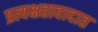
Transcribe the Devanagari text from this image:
प्रत्यक्षतावादात